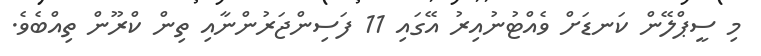
މި ސީޕްލޭން ކަނޑަށް ވެއްޓުނުއިރު އޭގައި 11 ފަސިންޖަރުންނާއި ތިން ކްރޫން ތިއްބެވެ.